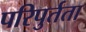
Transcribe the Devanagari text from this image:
परिपुर्तता